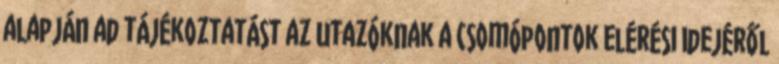
alapján ad tájékoztatást az utazóknak a csomópontok elérési idejéről